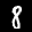
Label: 8